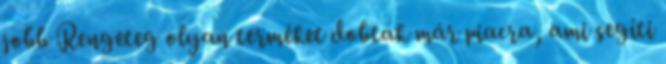
jobb Rengeteg olyan terméket dobtak már piacra, ami segíti